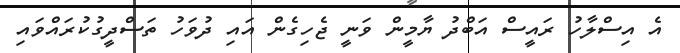
އެ އިސްލާހު ރައީސް އަބްދު ޔާމީން ވަނީ ޖެހިގެން އައި ދުވަހު ތަސްދީގުކުރައްވައި